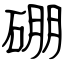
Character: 硼